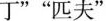
厂””匹夫”